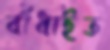
বাঁধাইত